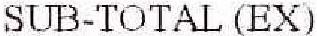
SUB-TOTAL (EX)